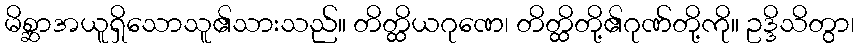
မိစ္ဆာအယူရှိသောသူ၏သားသည်။ တိတ္ထိယဂုဏေ၊ တိတ္ထိတို့၏ဂုဏ်တို့ကို။ ဥဒ္ဒိသိတွာ၊